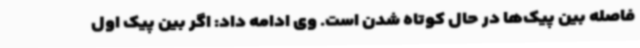
فاصله بین پیک‌ها در حال کوتاه شدن است. وی ادامه داد: اگر بین پیک اول